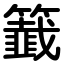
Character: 籖